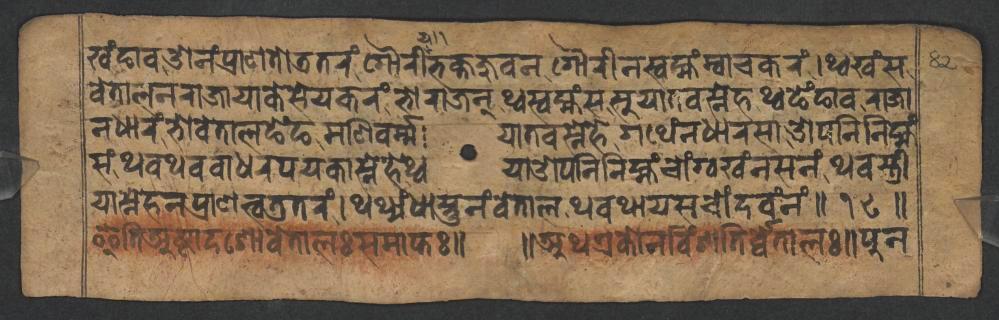
𑐏𑑄𑐒𑐵𑐰𑐌𑐣𑑄𑐥𑑂𑐬𑐵𑐞𑐟𑑀𑐜𑐟𑐬𑑄𑐐𑑁𑐬𑐷𑐨𑐎𑑂𑐟𑐖𑐸𑐰𑐣𑐐𑑁𑐬𑐷𑐣𑐳𑑂𑐰𑐩𑑂𑐴𑑄𑐩𑑂𑐰𑐵𑐔𑐎𑐬𑑄𑑋𑐠𑑂𑐰𑐏𑑄𑐳 𑐰𑐾𑐟𑐵𑐮𑐣𑐬𑐵𑐖𑐵𑐫𑐵𑐎𑐾𑐳𑐾𑐫𑐎𑐬𑑄𑐨𑑀𑐬𑐵𑐖𑐣𑑂𑐠𑑂𑐰𑐳𑑂𑐰𑐩𑑂𑐴𑑄𑐳𑐳𑐸𑐫𑐵𑐟𑐰𑐳𑑂𑐣𑐾𑐴𑐠𑑂𑐰𑐒𑐾𑑄𑐒𑐵𑐰𑐬𑐵𑐖𑐵 𑐣𑐢𑐵𑐬𑑄𑐨𑑀𑐰𑐾𑐟𑐵𑐮𑐒𑐾𑑄𑐒𑐩𑐞𑐶𑐰𑐬𑑂𑐩𑑂𑐩𑐫𑐵𑐟𑐰𑐳𑑂𑐣𑐾𑐴𑐾𑐐𑐠𑐾𑑄𑐣𑐢𑐵𑐬𑐳𑐵𑐌𑐥𑐣𑐶𑐣𑐶𑐩𑑂𑐴𑑄 𑐳𑑄𑐠𑐰𑐠𑐰𑐰𑐵𑐢𑐬𑐥𑐫𑐎𑐵𑐳𑑂𑐣𑐾𑐴𑐾𑐠𑑂𑐰𑐫𑐵𑐌𑐥𑐣𑐶𑐣𑐶𑐩𑑂𑐴𑑄𑐔𑑀𑑄𑐐𑑂𑐰𑐏𑑄𑐣𑐳𑐣𑑄𑐠𑐰 𑐳𑑂𑐟𑑂𑐬𑐷𑐫𑐵𑐳𑑂𑐣𑐾𑐴𑐣𑐥𑑂𑐬𑐵𑐞𑐟𑑂𑐰𑐜𑐟𑐬𑑄𑑋𑐠𑐠𑑂𑐫𑑄𑐢𑐵𑐳𑑂𑐟𑐸𑐣𑑄𑐰𑐾𑐟𑐵𑐮𑐠𑐰𑐠𑐵𑐫𑐳𑐔𑑀𑑄𑐡𑐰𑑄𑐣𑑄𑑌𑑑𑑘𑑌 𑐂𑐟𑐶𑐀𑐲𑑂𑐚𑐵𑐡𑐱𑑀𑐰𑐾𑐟𑐵𑐮𑑅𑐳𑐩𑐵𑐥𑑂𑐟𑑅𑑌 𑑌𑐀𑐠𑐊𑐎𑑀𑐣𑐰𑐶𑑄𑐱𑐟𑐶𑐬𑑂𑐰𑑂𑐰𑐾𑐟𑐵𑐮𑑅𑑌𑐥𑐸𑐣